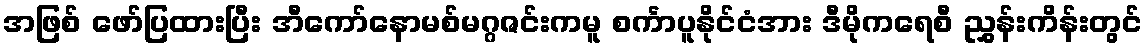
အဖြစ် ဖော်ပြထားပြီး အီကော်နောမစ်မဂ္ဂဇင်းကမူ စင်္ကာပူနိုင်ငံအား ဒီမိုကရေစီ ညွှန်းကိန်းတွင်